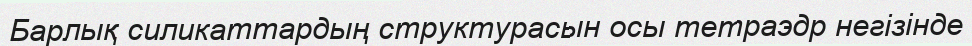
Барлық силикаттардың структурасын осы тетраэдр негізінде